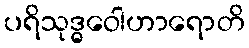
ပရိသုဒ္ဓဝေါဟာရောတိ